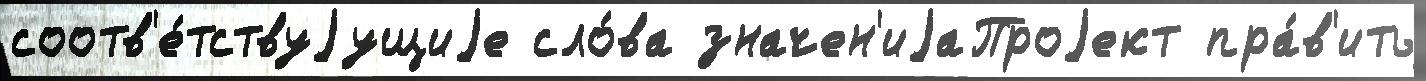
соотв'е́тствуjущиjе сло́ва значен'иjаПроjект пра́в'ить